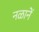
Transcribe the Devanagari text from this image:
नळानें